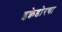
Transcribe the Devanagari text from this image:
इक्वेडोरचा